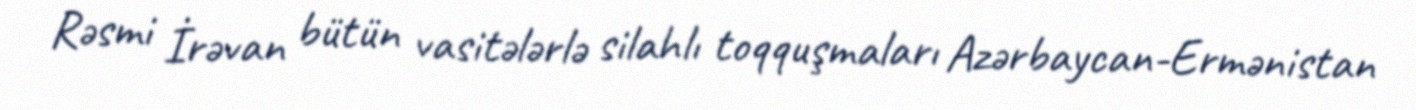
Rəsmi İrəvan bütün vasitələrlə silahlı toqquşmaları Azərbaycan-Ermənistan